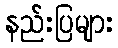
နည်းပြများ